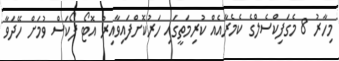
މިހާރު 8 މެގަފިކްސެލްގެ ކެމެރާއެއް ކުރިމަތީގައި ހަރުކޮށްފައިވާއިރު އޮޓޯ ފޯކަސް ވުމަށް ހޭދަވާ